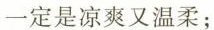
一定是凉爽又温柔；